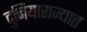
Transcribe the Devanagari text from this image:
दुनियाराज्यात